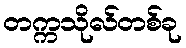
တက္ကသိုလ်တစ်ခု